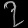
Digit: ၇